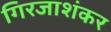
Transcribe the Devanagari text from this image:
गिरजाशंकर